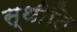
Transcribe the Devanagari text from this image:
स्थीति